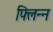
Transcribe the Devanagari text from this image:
फ्लिन्न